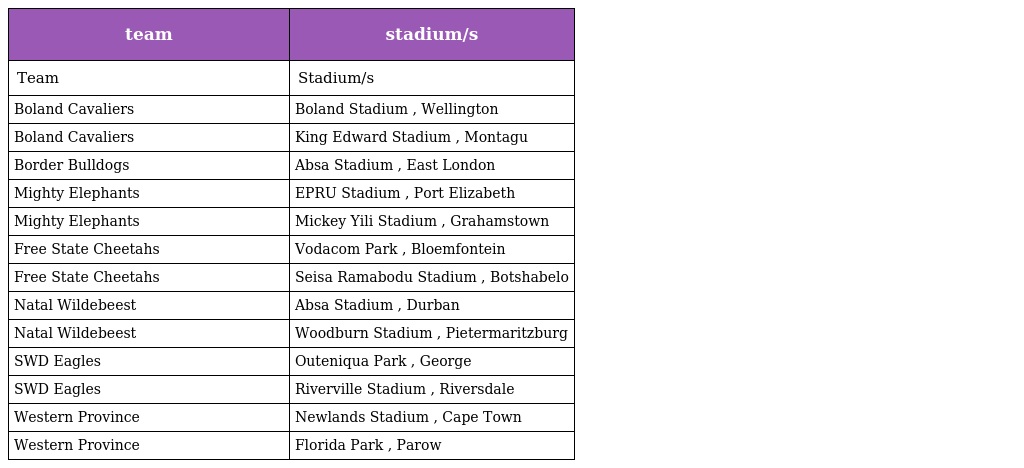
| team | stadium/s |
 | --- | --- |
 | Team | Stadium/s |
 | Boland Cavaliers | Boland Stadium , Wellington |
 | Boland Cavaliers | King Edward Stadium , Montagu |
 | Border Bulldogs | Absa Stadium , East London |
 | Mighty Elephants | EPRU Stadium , Port Elizabeth |
 | Mighty Elephants | Mickey Yili Stadium , Grahamstown |
 | Free State Cheetahs | Vodacom Park , Bloemfontein |
 | Free State Cheetahs | Seisa Ramabodu Stadium , Botshabelo |
 | Natal Wildebeest | Absa Stadium , Durban |
 | Natal Wildebeest | Woodburn Stadium , Pietermaritzburg |
 | SWD Eagles | Outeniqua Park , George |
 | SWD Eagles | Riverville Stadium , Riversdale |
 | Western Province | Newlands Stadium , Cape Town |
 | Western Province | Florida Park , Parow |